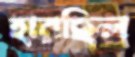
হারছিল